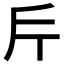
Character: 𭤟